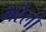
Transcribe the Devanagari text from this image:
भरेलो